Riigikantselei, lk 228
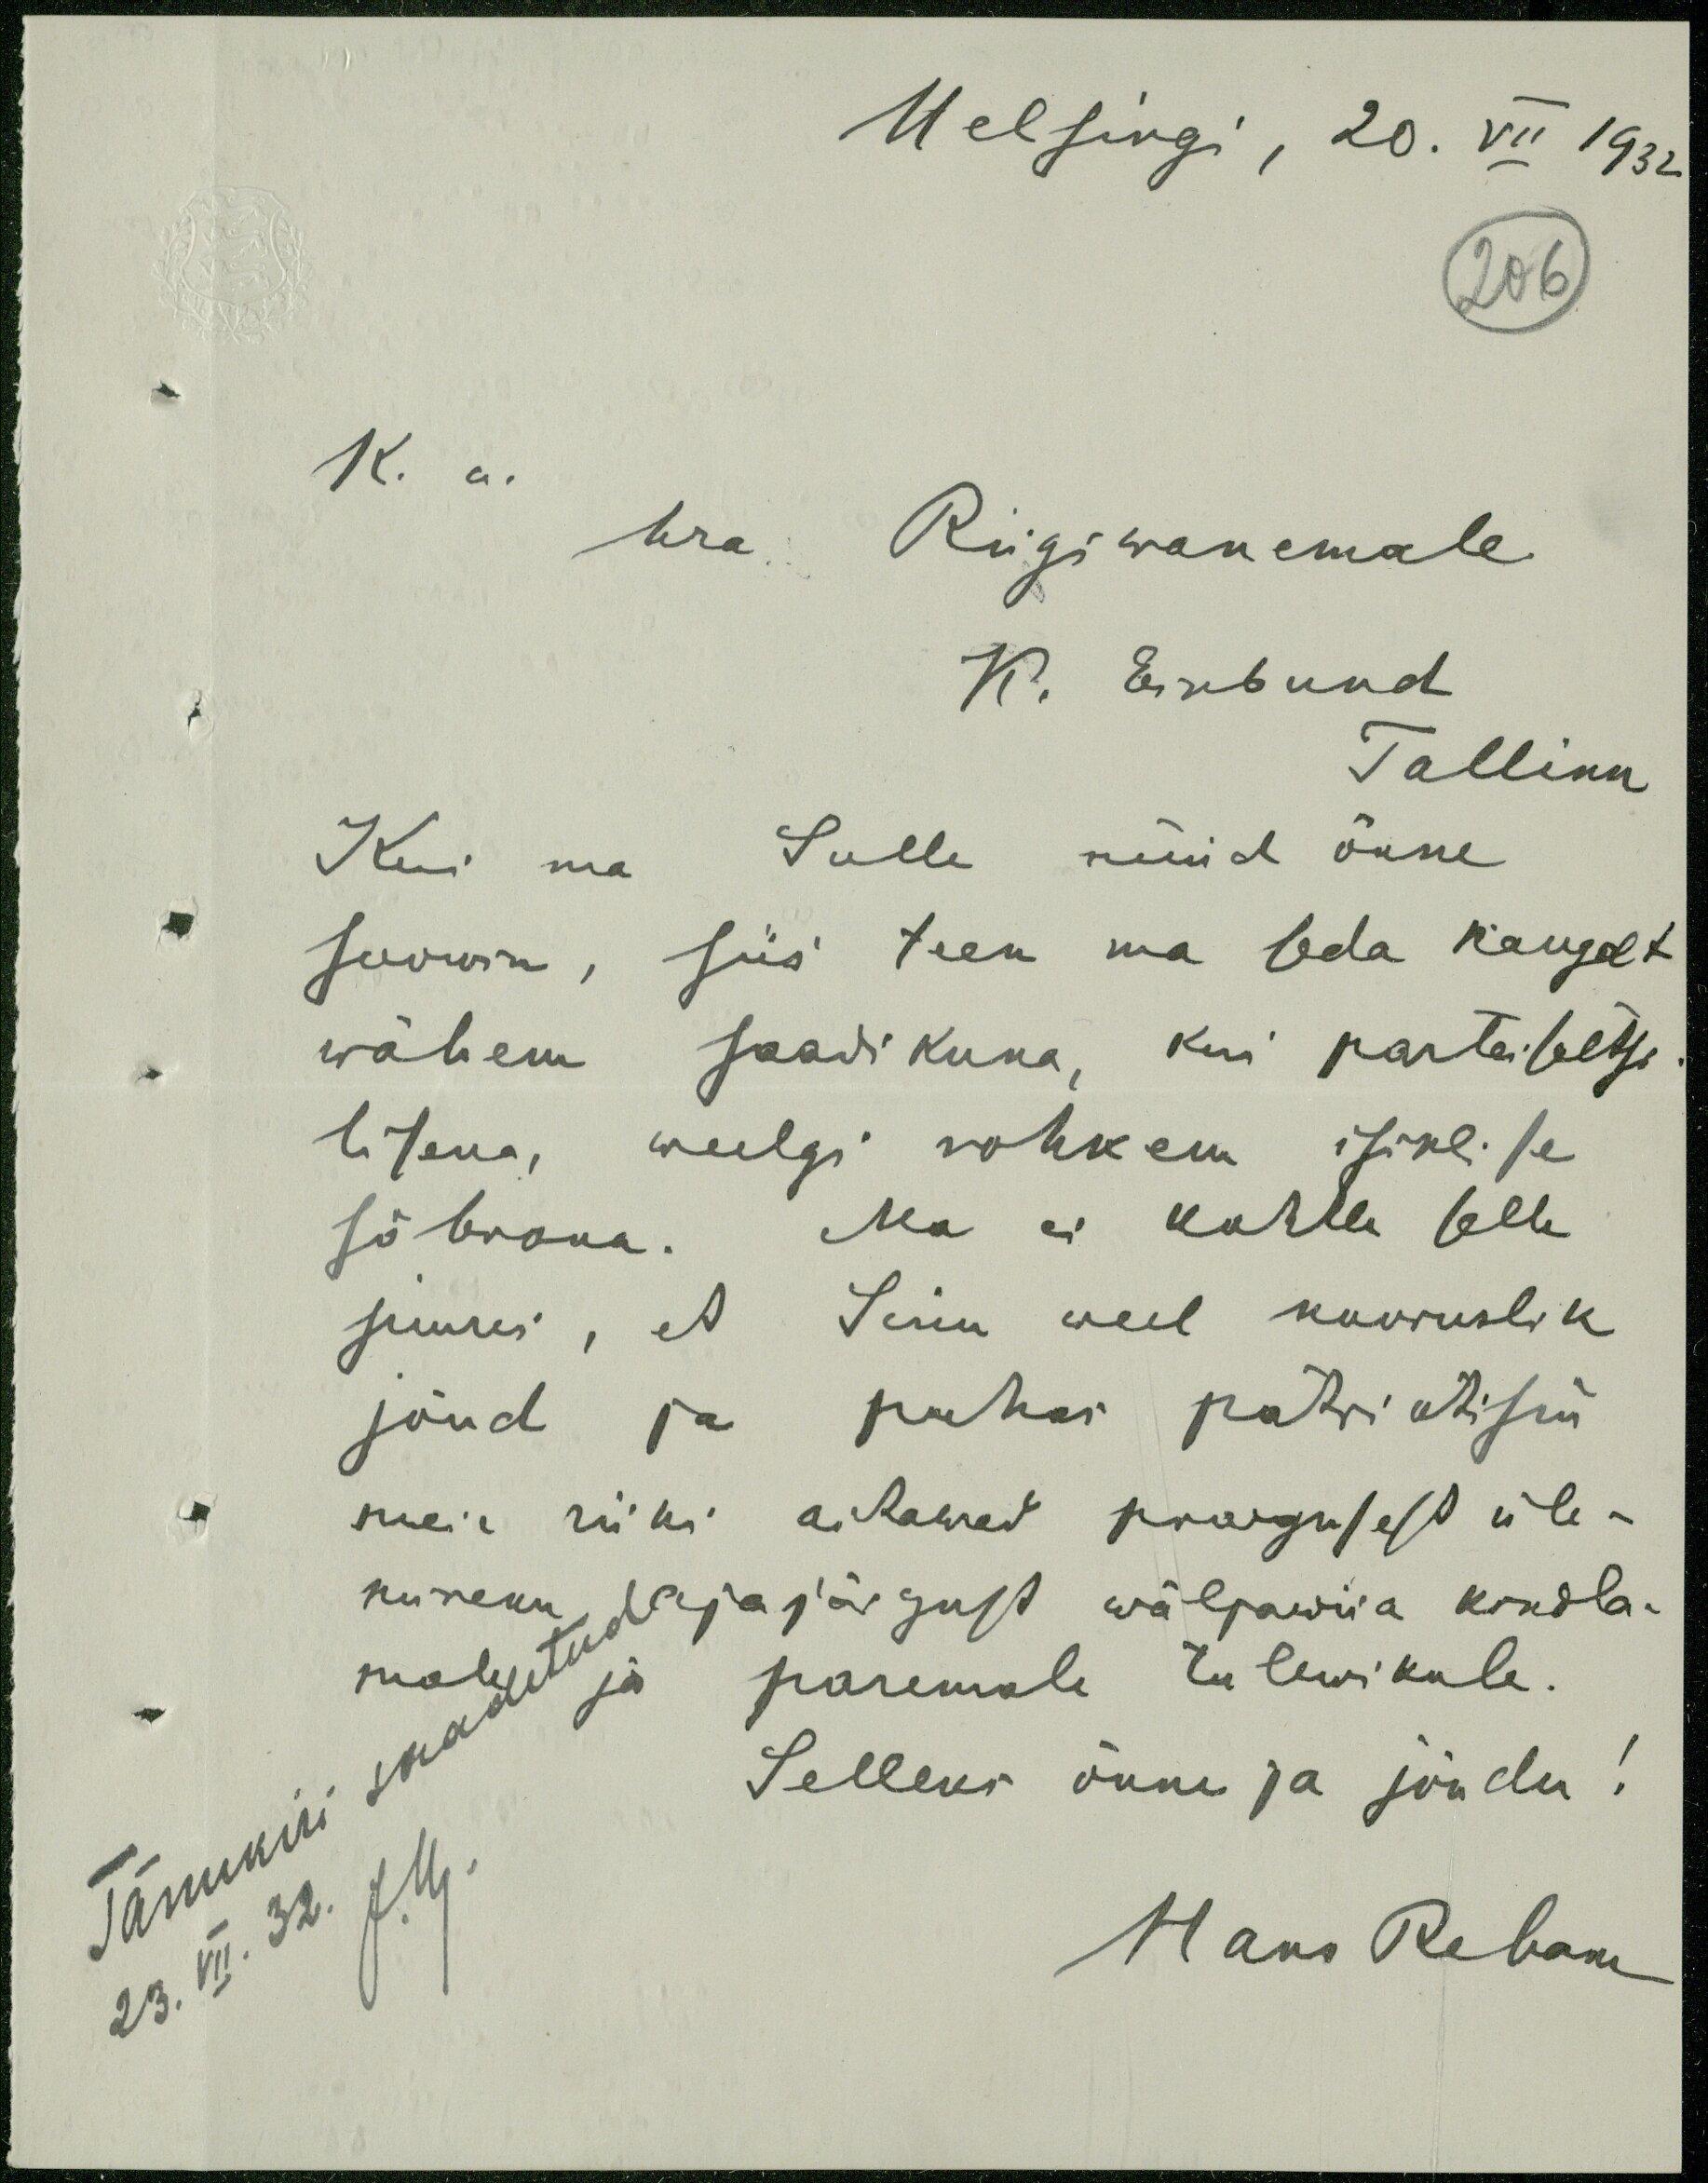
206
Helsingi, 20. VII 1932
K. a.
hra Riigiwanemale
K. Einbund
Tallinn
Kui ma Sulle nüüd õnne
soowin, siis teen ma seda kaugelt
wähem saadikuna, kui partei seltsi
lisena, weelgi rohkem isiklise
sõbrana. Ma ei kahtle selle
juures, et Sinu weel nooruslik
jõud ja puhas patriotism
meie riiki aitawad praegusest üle-
mineku ajajärgust wäljawiia kindla-
male
ja
paremale tulewikule.
Selleks õnne ja jõudu!
Tänukiri saadetud
23. VII. 32. J.M.
Hans Rebane